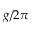
g / 2 \pi